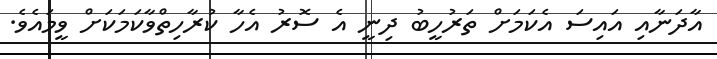
އާދަނާއި އައިސަ އެކަމަށް ތަރުހީބު ދިނީ އެ ސޮރު އެހާ ކުރާހިތްވާކަމަކަށް ވީމައެވެ.